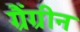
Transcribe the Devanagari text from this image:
ग्रैंग्रीन